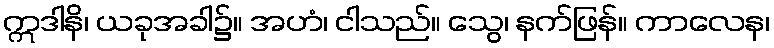
ဣဒါနိ၊ ယခုအခါ၌။ အဟံ၊ ငါသည်။ သွေ၊ နက်ဖြန်။ ကာလေန၊